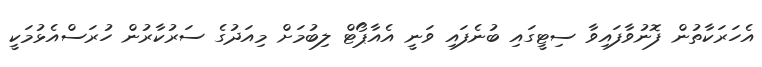
އެހަރަކާތުން ފޮނުވާފައިވާ ސިޓީގައި ބުނެފައި ވަނީ އެއާޕޯޓް ލިބުމަށް މިއަދުގެ ސަރުކާރުން ހުރަސްއެޅުމަކީ